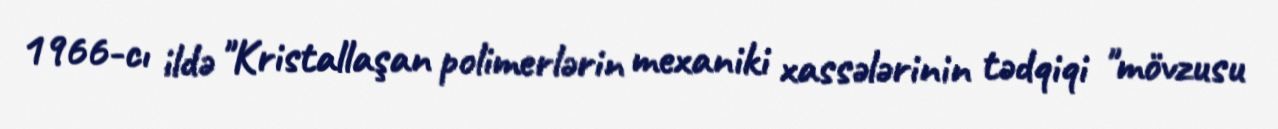
1966-cı ildə "Kristallaşan polimerlərin mexaniki xassələrinin tədqiqi "mövzusu